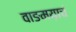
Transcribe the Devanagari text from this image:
वाङमय़ाचं